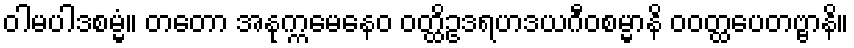
ဝါမပါဒစမ္မံ။ တတော အနုက္ကမေနေဝ ဝတ္ထိဥဒရဟဒယဂီဝစမ္မာနိ ဝဝတ္ထပေတဗ္ဗာနိ။